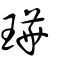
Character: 璍